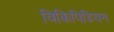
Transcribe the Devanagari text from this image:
विकिपिडियन